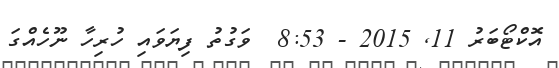
އޮކްޓޯބަރު 11